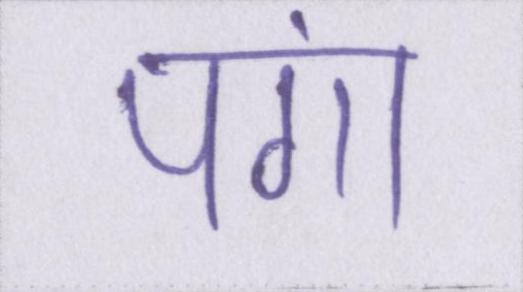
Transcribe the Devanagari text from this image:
पंगा